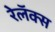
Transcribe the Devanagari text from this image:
रेलॅक्स